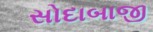
સોદાબાજી